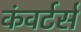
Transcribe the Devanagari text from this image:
कंवर्टर्स